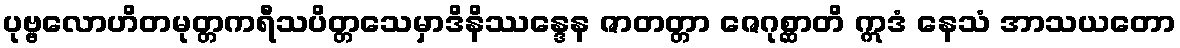
ပုဗ္ဗလောဟိတမုတ္တကရီသပိတ္တသေမှာဒိနိဿန္ဒေန ဇာတတ္တာ ဇေဂုစ္ဆာတိ ဣဒံ နေသံ အာသယတော